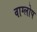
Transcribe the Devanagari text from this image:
वाग्लोप